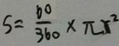
S = \frac { 6 0 } { 3 6 0 } \times \pi r ^ { 2 }